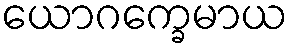
ယောဂက္ခေမာယ